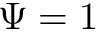
\Psi = 1